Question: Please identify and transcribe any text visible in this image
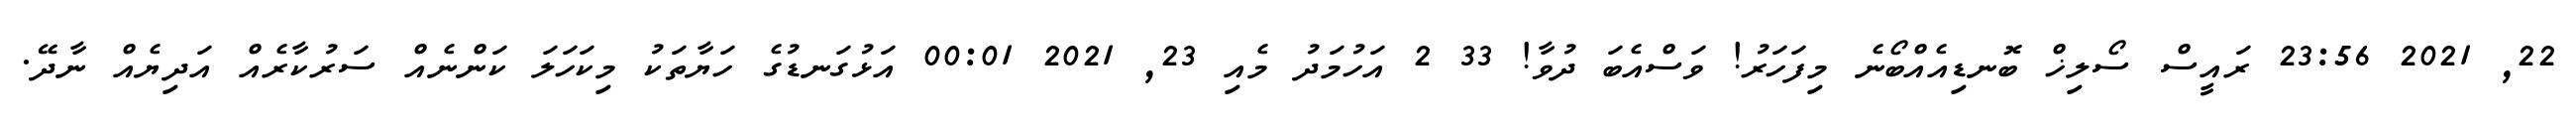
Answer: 22, 2021 23:56 ރައީސް ސޯލިޚް ބޮނޑިއެއްބޯނެ މިފަހަރު! ވަސްއެބަ ދުވާ! 33 2 އަހުމަދު މެއި 23, 2021 00:01 އަޅުގަނޑުގެ ހަޔާތަކު މިކަހަލަ ކަންނެއް ސަރުކާރެއް އަދިޔެއް ނާދޭ.